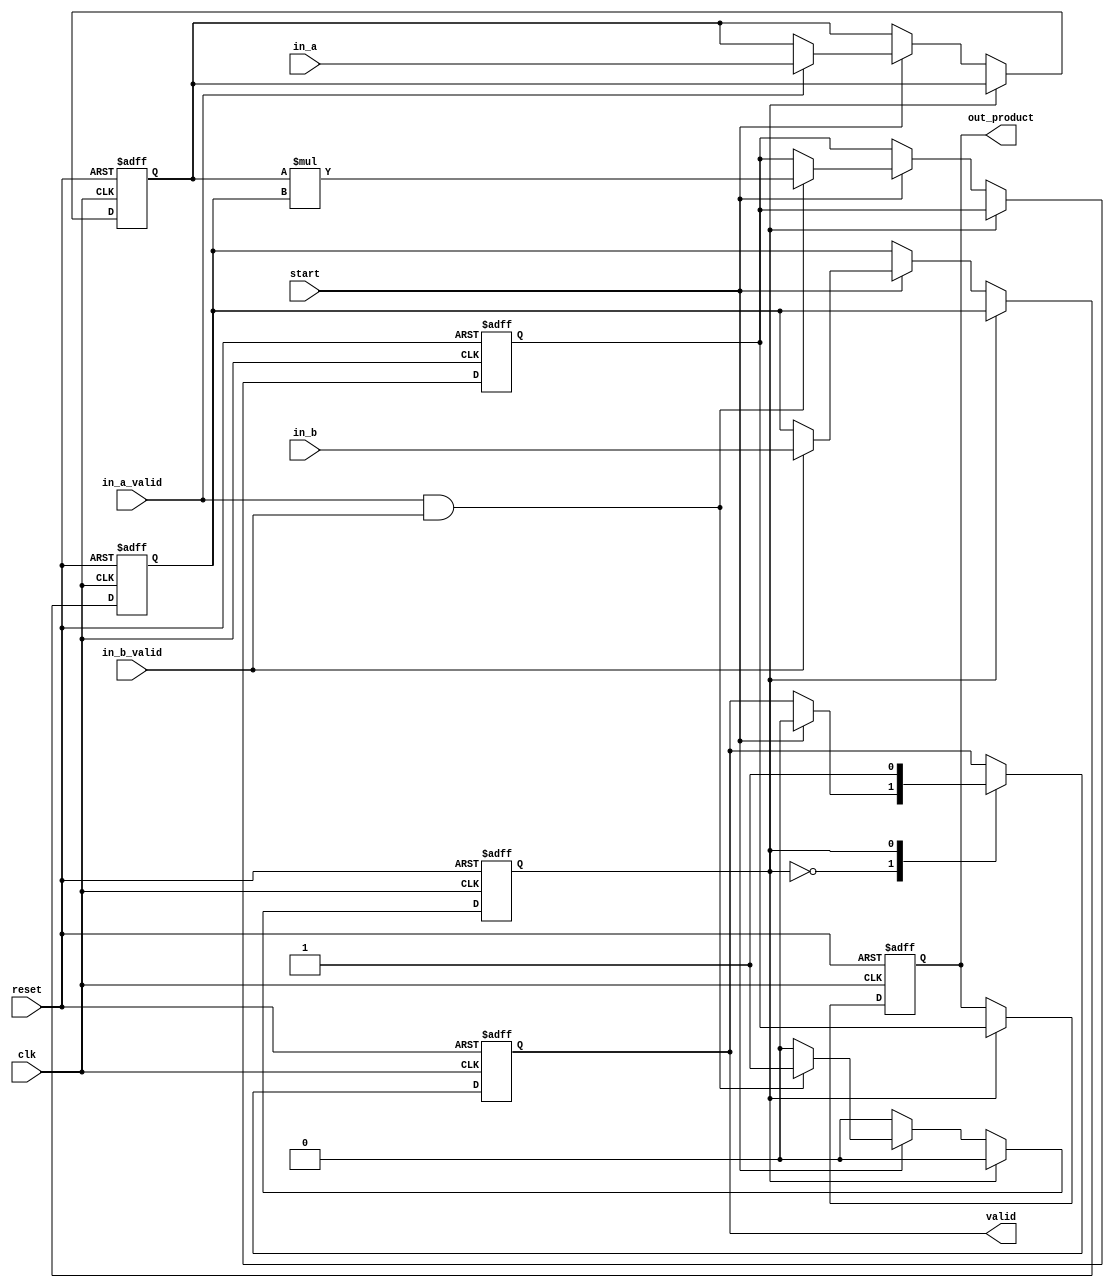
module arithmetic_streaming_multiplier #(
    parameter DATA_WIDTH = 8
)(
    input wire clk,
    input wire reset,
    input wire start,
    input wire in_a_valid,
    input wire in_b_valid,
    input wire [DATA_WIDTH-1:0] in_a,
    input wire [DATA_WIDTH-1:0] in_b,
    output reg [2*DATA_WIDTH-1:0] out_product,
    output reg valid
);

    // Internal registers
    reg [DATA_WIDTH-1:0] reg_a;
    reg [DATA_WIDTH-1:0] reg_b;
    reg [2*DATA_WIDTH-1:0] product_reg;
    reg state; // 0: idle, 1: busy

    // State machine
    always @(posedge clk or posedge reset) begin
        if (reset) begin
            // Reset all registers and outputs
            reg_a <= 0;
            reg_b <= 0;
            product_reg <= 0;
            out_product <= 0;
            valid <= 0;
            state <= 0; // idle state
        end else begin
            case (state)
                0: begin // Idle state
                    if (start) begin
                        valid <= 0; // Clear valid signal
                        if (in_a_valid) begin
                            reg_a <= in_a; // Capture input A
                        end
                        if (in_b_valid) begin
                            reg_b <= in_b; // Capture input B
                        end
                        // Transition to busy state if both inputs are valid
                        if (in_a_valid && in_b_valid) begin
                            product_reg <= reg_a * reg_b; // Perform multiplication
                            state <= 1; // Transition to busy state
                        end
                    end
                end
                1: begin // Busy state
                    out_product <= product_reg; // Output the product
                    valid <= 1; // Assert valid signal
                    state <= 0; // Return to idle state
                end
            endcase
        end
    end

endmodule